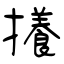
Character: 攁